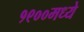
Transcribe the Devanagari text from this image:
१९००मध्ये